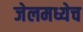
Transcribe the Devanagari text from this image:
जेलमध्येच